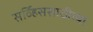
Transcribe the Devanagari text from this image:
सर्व्हिससाठीच्या